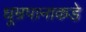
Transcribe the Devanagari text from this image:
धूम्रपानाकडे